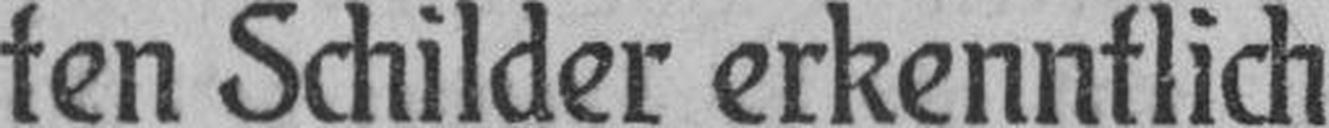
ten Schilder erkenntlich